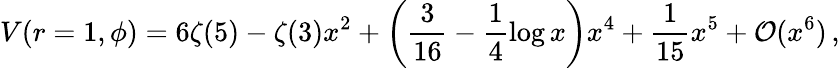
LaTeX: V(r=1,\phi)=6\zeta(5)-\zeta(3)x^{2}+\left(\frac{3}{16}-\frac{1}{4}\log x\right)x^{4}+\frac{1}{15}x^{5}+{\cal O}(x^{6})\, ,